Indian journal of veterinary science and animal husbandry - Volumes 15-17, 1948-1951
Year: 1948
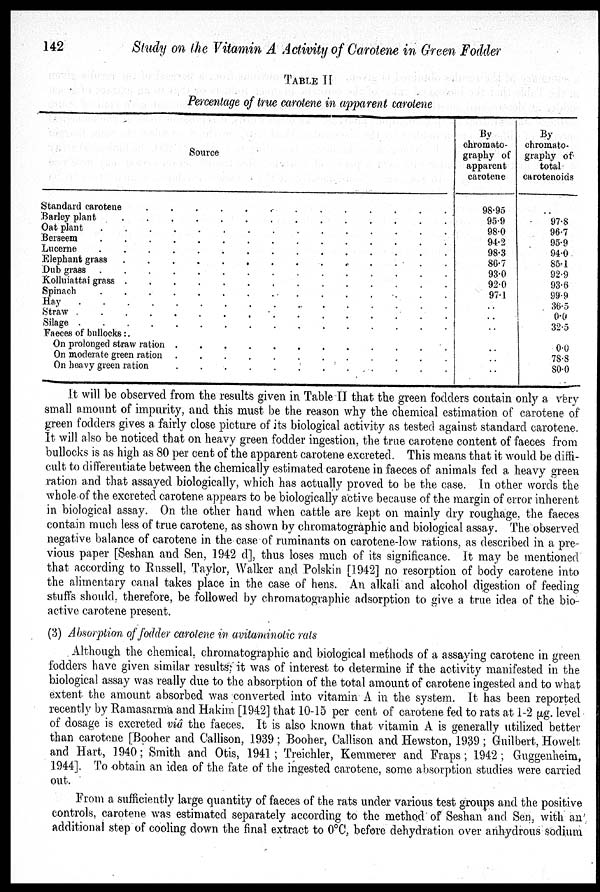
142
Study on the Vitamin A Activity of Carotene in Green Fodder
TABLE II
Percentage of true carotene in apparent carotene
Source
Standard carotene
.
.
.
.
.
.
.
.
.
.
.
.
.
Barley plant . . . . . . . . . . . . . .
Oat plant
.
.
.
.
.
.
.
.
.
.
.
.
.
.
.
Berseem
.
.
.
.
.
.
.
.
.
.
.
.
.
.
.
Lucerne . . . . . . . . . . . . . . .
Elephant grass
.
.
.
.
.
.
.
.
.
.
.
.
.
Dub grass
.
.
.
.
.
.
.
.
.
.
.
.
.
.
.
Kolluiattai grass
.
.
.
.
.
.
.
.
.
.
.
.
.
Spinach
.
.
.
.
.
.
.
.
.
.
.
.
.
.
Hay
.
.
.
.
.
.
.
.
.
.
.
.
.
.
.
.
.
Straw
.
.
.
.
.
.
.
.
.
.
.
.
.
.
.
.
Silage
.
.
.
.
.
.
.
.
.
.
.
.
.
.
.
Faeces of bullocks :
On prolonged straw ration
.
.
.
.
.
.
.
.
.
.
.
.
.
On moderate green ration
.
.
.
.
.
.
.
.
.
.
.
.
.
On heavy green ration
.
.
.
.
.
.
.
.
.
.
.
.
.
By
chromato-
graphy of
apparent
carotene
98.95
95.9
98.0
94.2
98.3
86.7
93.0
92.0
97.1
..
..
..
..
..
..
By
chromato-
graphy of
total
carotenoids
..
97.8
96.7
95.9
94.0
85.1
92.9
93.6
99.9
36.5
0.0
32.5
0.0
78.8
80.0
It will be observed from the results given in Table II that the green fodders contain only a very
small amount of impurity, and this must be the reason why the chemical estimation of carotene of
green fodders gives a fairly close picture of its biological activity as tested against standard carotene.
It will also be noticed that on heavy green fodder ingestion, the true carotene content of faeces from
bullocks is as high as 80 per cent of the apparent carotene excreted. This means that it would be diffi-
cult to differentiate between the chemically estimated carotene in faeces of animals fed a heavy green
ration and that assayed biologically, which has actually proved to be the case. In other words the
whole of the excreted carotene appears to be biologically active because of the margin of error inherent
in biological assay. On the other hand when cattle are kept on mainly dry roughage, the faeces
contain much less of true carotene, as shown by chromatographic and biological assay. The observed
negative balance of carotene in the case of ruminants on carotene-low rations, as described in a pre-
vious paper [Seshan and Sen, 1942 d], thus loses much of its significance. It may be mentioned
that according to Russell, Taylor, Walker and Polskin [1942] no resorption of body carotene into
the alimentary canal takes place in the case of hens. An alkali and alcohol digestion of feeding
stuffs should, therefore, be followed by chromatographie adsorption to give a true idea of the bio-
active carotene present.
(3) Absorption of fodder carotene in avitaminotic rats
Although the chemical, chromatographic and biological methods of a assaying carotene in green
fodders have given similar results, it was of interest to determine if the activity manifested in the
biological assay was really due to the absorption of the total amount of carotene ingested and to what
extent the amount absorbed was converted into vitamin A in the system. It has been reported
recently by Ramasarma and Hakim [1942] that 10-15 per cent of carotene fed to rats at 1-2 µg. level
of dosage is excreted viâ the faeces. It is also known that vitamin A is generally utilized better
than carotene [Booher and Callison, 1939; Booher, Callison and Hewston, 1939; Guilbert, Howelt
and Hart, 1940; Smith and Otis, 1941 ; Treichler, Kemmerer and Fraps; 1942; Guggenheim,
1944]. To obtain an idea of the fate of the ingested carotene, some absorption studies were carried
out.
From a sufficiently large quantity of faeces of the rats under various test groups and the positive
controls, carotene was estimated separately according to the method of Seshan and Sen, with an
additional step of cooling down the final extract to 0°C, before dehydration over anhydrous sodium